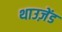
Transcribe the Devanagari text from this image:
थाउज़ेंड